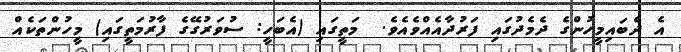
އެ ދެބައިމީހުންގެ ދެމެދުގައި ފަރުދާއެއްވެއެވެ.  މަތީގައި (އެބަހީ: ސުވަރުގޭގެ ފާރުމަތީގައި) މީހުންތަކެއް